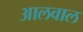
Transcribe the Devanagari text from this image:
आलवाल